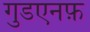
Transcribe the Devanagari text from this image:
गुडएनफ़